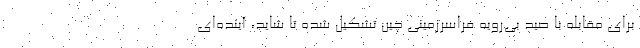
برای مقابله با صید بی‌رویه فراسرزمینی چین تشکیل شده تا شاید، آینده‌ای